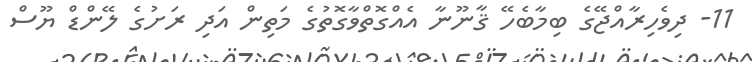
11- ދިވެހިރާއްޖޭގެ ބިމާބެހޭ ޤާނޫނާ އެއްގޮތްވާގޮތުގެ މަތިން އަދި ރަށުގެ ލޭންޑް ޔޫސް